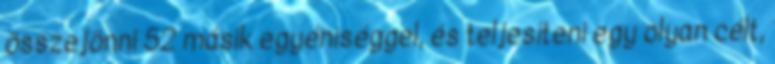
összejönni 52 másik egyéniséggel, és teljesíteni egy olyan célt,